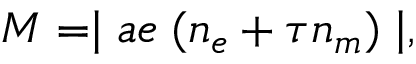
M = \mid a e \; ( n _ { e } + \tau n _ { m } ) \mid ,